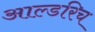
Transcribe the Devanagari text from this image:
आल्डरिच